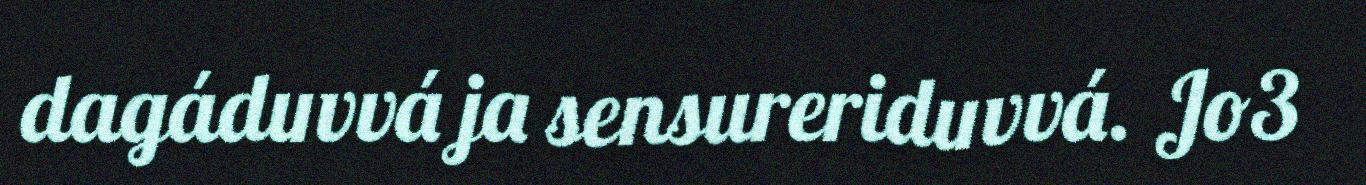
dagáduvvá ja sensureriduvvá. Jo3